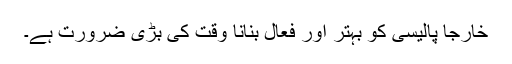
خارجا پالیسی کو بہتر اور فعال بنانا وقت کی بڑی ضرورت ہے۔